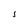
Character: 1